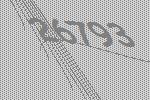
26793